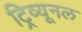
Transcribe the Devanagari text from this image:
ट्रिव्यूनल